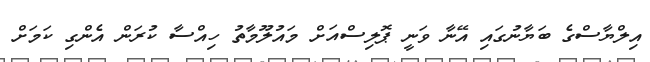
އިލްޔާސްގެ ބަޔާނުގައި އޭނާ ވަނީ ޕޮލިސްއަށް މައުލޫމާތު ހިއްސާ ކުރަން އެންގި ކަމަށް